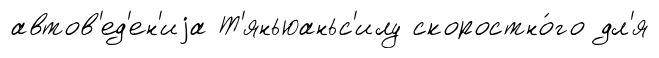
автов'ед'ен'иjа Т'яньюаньс'илу скоростно́го дл'я